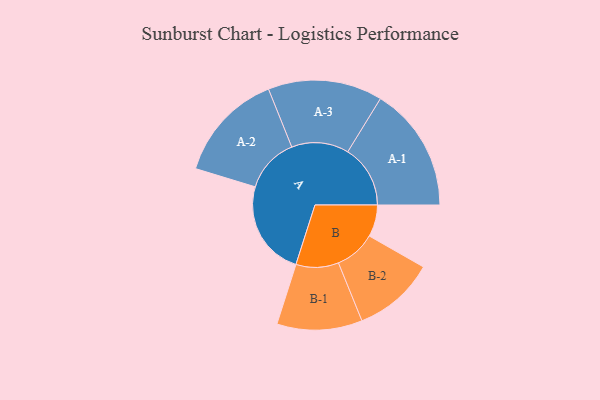
{"axis": {"x": "Segment", "y": "Value"}, "legend": ["", "A", "B"], "data": [{"x": "A", "y": 432, "type": ""}, {"x": "B", "y": 144, "type": ""}, {"x": "A-1", "y": 283, "type": "A"}, {"x": "A-2", "y": 248, "type": "A"}, {"x": "A-3", "y": 259, "type": "A"}, {"x": "B-1", "y": 193, "type": "B"}, {"x": "B-2", "y": 185, "type": "B"}]}